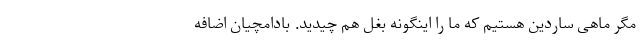
مگر ماهی ساردین هستیم که ما را اینگونه بغل هم چیدید. بادامچیان اضافه